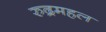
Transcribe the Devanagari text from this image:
रुद्रमहल